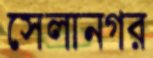
সেলানগর